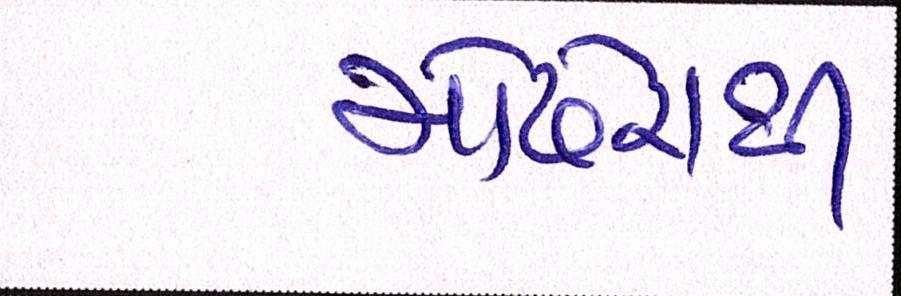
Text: મોઢેરાથી